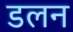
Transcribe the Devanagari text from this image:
डलन